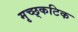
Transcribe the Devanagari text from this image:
मृच्छ्कटिक